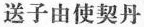
送子由使契丹